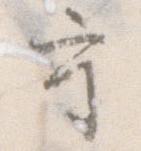
守